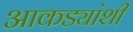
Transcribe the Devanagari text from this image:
आकड्यांशी